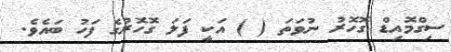
ސިގްމޮއިޑް ގޮހޮރު ނުވަތަ ( ) އަކީ ފަލަ ގޮހޮރުގެ ފަހު ބައެވެ.